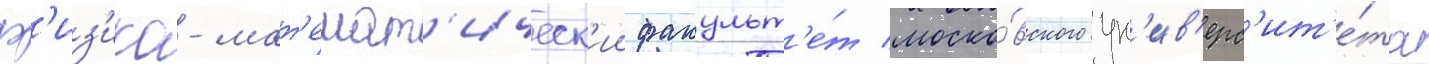
ф'из'ико-мат'емат'ическ'ии факульт'е́т моско́вского ун'ив'ерс'ит'е́та